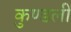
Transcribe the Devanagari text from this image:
कुण्डलीं